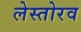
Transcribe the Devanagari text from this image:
लेस्तोरव